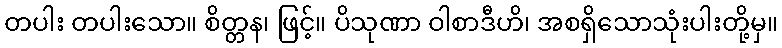
တပါး တပါးသော။ စိတ္တန၊ ဖြင့်။ ပိသုဏာ ဝါစာဒီဟိ၊ အစရှိသောသုံးပါးတို့မှ။